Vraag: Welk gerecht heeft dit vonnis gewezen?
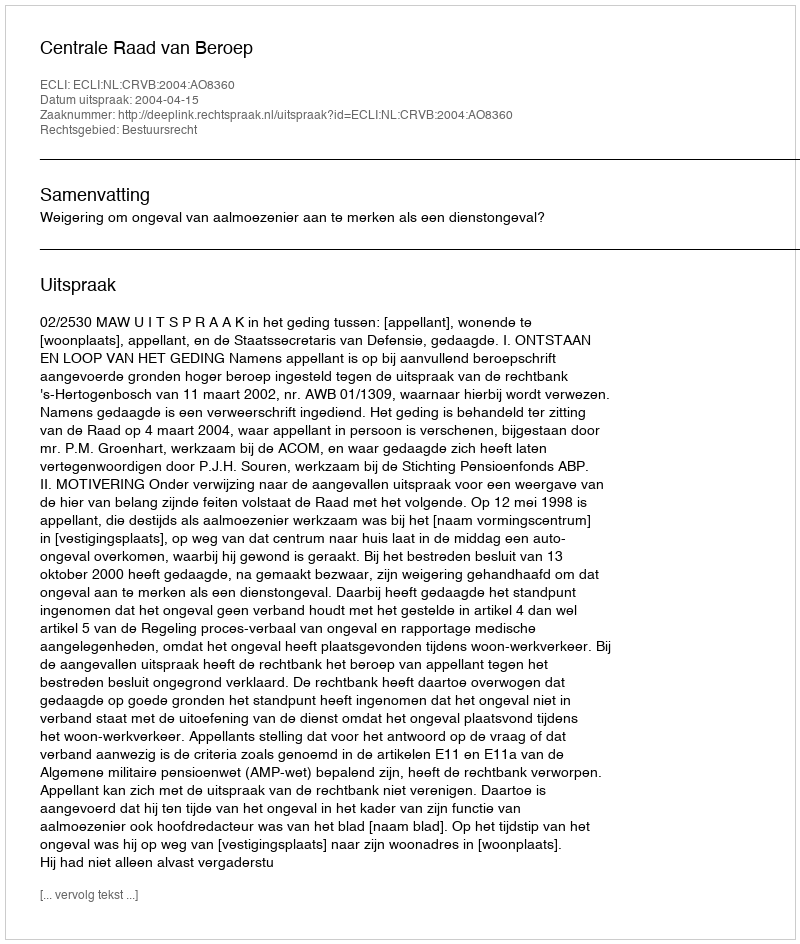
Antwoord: Centrale Raad van Beroep